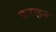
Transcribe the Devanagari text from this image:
फराइन